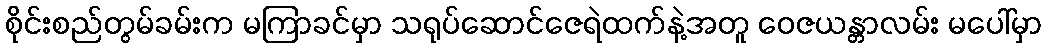
စိုင်းစည်တွမ်ခမ်းက မကြာခင်မှာ သရုပ်ဆောင်ဇေရဲထက်နဲ့အတူ ဝေဇယန္တာလမ်း မပေါ်မှာ